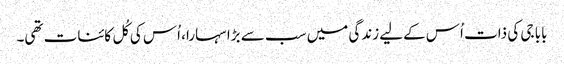
بابا جی کی ذات اُس کےلیے زندگی میں سب سے بڑا سہارا، اُس کی کُل کائنات تھی۔